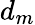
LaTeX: d_{m}